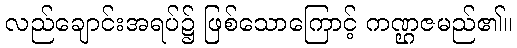
လည်ချောင်းအရပ်၌ ဖြစ်သောကြောင့် ကဏ္ဌဇမည်၏။